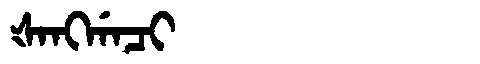
Manchu: ᡧᠠᠩᡤᠠᠴᡳ
Romanization: ŠANGGACI